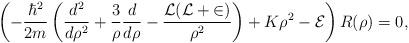
LaTeX: \begin{align*}\left(-\frac{\hbar^2}{2m}\left(\frac{d^2}{d\rho^2}+\frac{3}{\rho}\frac{d}{d\rho}-\frac{\cal{L}(\cal{L}+2)}{\rho^2}\right) +K \rho^2-{\cal E}\right) R(\rho)=0,\end{align*}